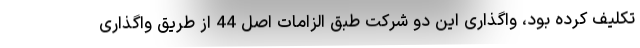
تکلیف کرده بود، واگذاری این دو شرکت طبق الزامات اصل 44 از طریق واگذاری